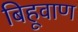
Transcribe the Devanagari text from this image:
बिहूवाण